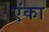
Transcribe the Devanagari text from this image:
एंका